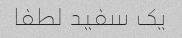
یک سفید لطفا